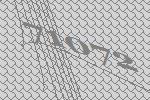
71072